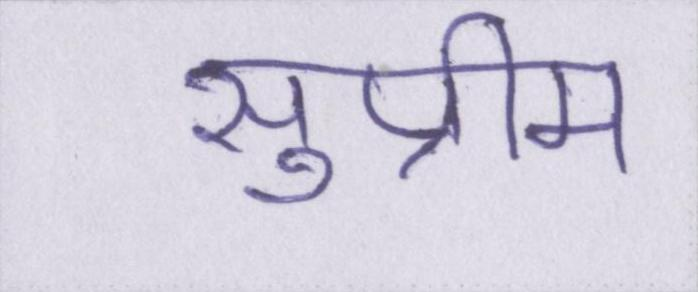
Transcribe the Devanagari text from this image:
सुप्रीम